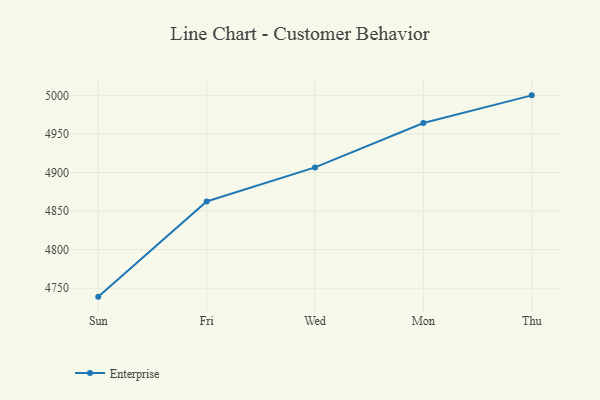
{"axis": {"x": "Day", "y": "LTV (USD)"}, "legend": ["Enterprise"], "data": [{"x": "Sun", "y": 4739.0, "type": "Enterprise"}, {"x": "Fri", "y": 4862.4, "type": "Enterprise"}, {"x": "Wed", "y": 4906.6, "type": "Enterprise"}, {"x": "Mon", "y": 4964.1, "type": "Enterprise"}, {"x": "Thu", "y": 5000, "type": "Enterprise"}]}